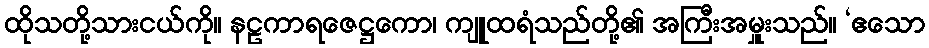
ထိုသတို့သားငယ်ကို။ နဠကာရဇေဋ္ဌကော၊ ကျူထရံသည်တို့၏ အကြီးအမှူးသည်။ ‘ဧသော